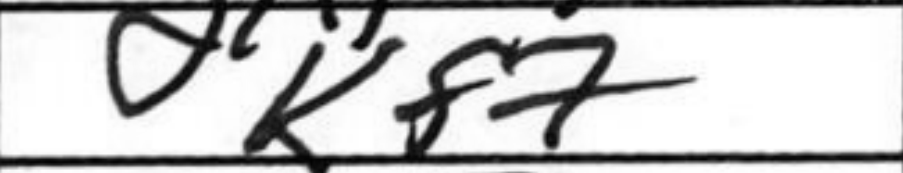
Transcription: Kf7